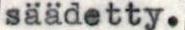
säädetty.